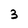
Character: 3